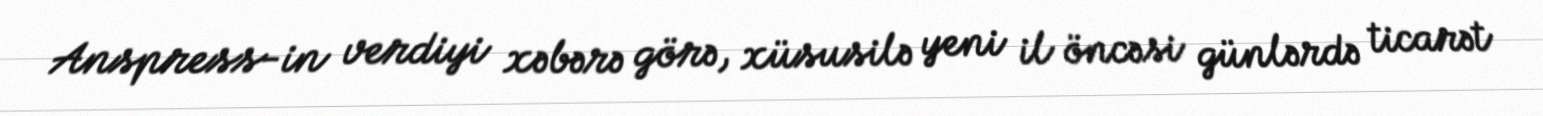
Anspress-in verdiyi xəbərə görə, xüsusilə yeni il öncəsi günlərdə ticarət